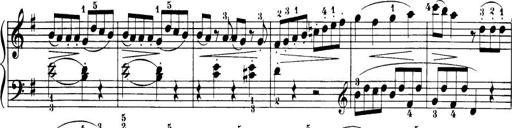
Title: 32 Sonatinas and Rondos for the Piano
Composer: Richard Kleinmichel